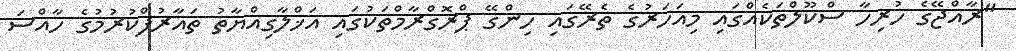
"ރާއްޖޭގެ ހުރިހާ ސްކޫލްތަކެއްގައި މިއަހަރުގެ ތެރޭގައި ހިންގޭ ޕްރޮގްރާމްތަކުގައި އަޚްލާގިއްޔާތު ތައާރުފްކުރުމުގެ ހާއްސަ